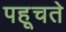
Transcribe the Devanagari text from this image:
पहूचते